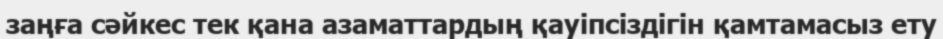
заңға сәйкес тек қана азаматтардың қауіпсіздігін қамтамасыз ету